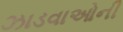
ઝાડવાઓની